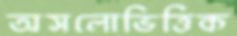
অসলোভিত্তিক